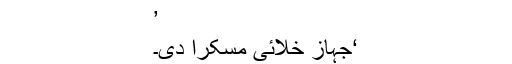
’
‘جہاز خلائی مسکرا دی۔